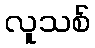
လူသစ်